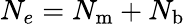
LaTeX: N_{e}=N_{\mathrm{m}}+N_{\mathrm{b}}